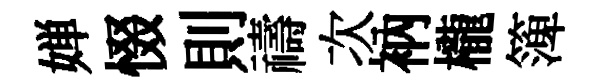
婵惙則禱次衲櫳𥱼